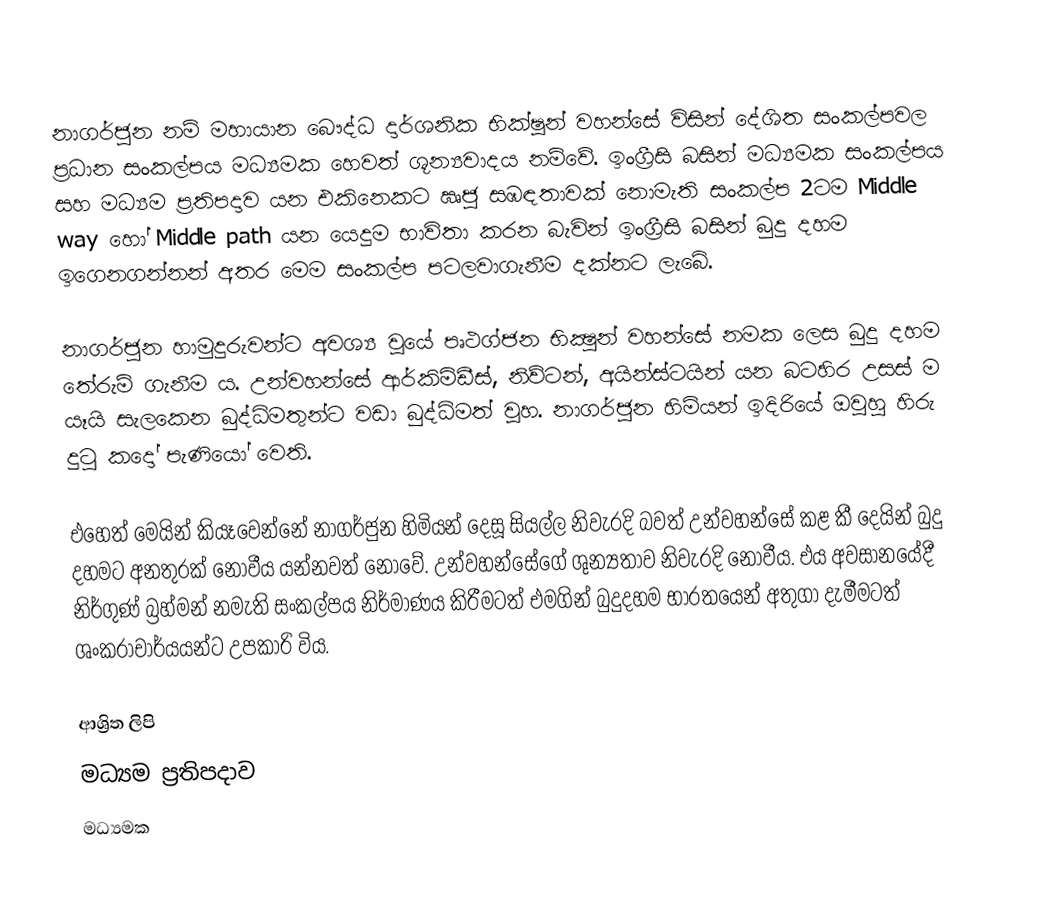
නාගර්ජුන නම් මහායාන බෞද්ධ දාර්ශනික භික්ෂූන් වහන්සේ විසින් දේශිත සංකල්පවල ප්‍රධාන සංකල්පය  මධ්‍යමක හෙවත් ශූන්‍යවාදය නම්වේ.  ඉංග්‍රීසි බසින් මධ්‍යමක සංකල්පය සහ මධ්‍යම ප්‍රතිපදාව යන එකිනෙකට ඍජු ස﻿ඹඳතාවක් නොමැති සංකල්ප 2ටම Middle way හෝ Middle path යන යෙදුම භාවිතා කරන බැවින් ඉංග්‍රීසි බසින් බුදු දහම ඉගෙනගන්නන් අතර මෙම සංකල්ප පටලවාගැනීම දක්නට ලැබේ.

නාගර්ජුන හාමුදුරුවන්ට අවශ්‍ය වූයේ පෘථග්ජන භික්‍ෂුන් වහන්සේ නමක ලෙස බුදු දහම තේරුම් ගැනීම ය. උන්වහන්සේ ආර්කිමිඩීස්‌, නිව්ටන්, අයින්ස්‌ටයින් යන බටහිර උසස්‌ ම යෑයි සැලකෙන බුද්ධිමතුන්ට වඩා බුද්ධිමත් වූහ.  නාගර්ජුන හිමියන් ඉදිරියේ ඔවුහු හිරු දුටු කදෝ පැණියෝ වෙති.

එහෙත් මෙයින් කියෑවෙන්නේ නාගර්ජුන හිමියන් දෙසූ සියල්ල නිවැරදි බවත් උන්වහන්සේ කළ කී දෙයින් බුදු දහමට අනතුරක්‌ නොවීය යන්නවත් නොවේ. උන්වහන්සේගේ ශුන්‍යතාව නිවැරදි නොවීය. එය අවසානයේදී නිර්ගුණ්‌ බ්‍රහ්මන් නමැති සංකල්පය නිර්මාණය කිරීමටත් එමගින් බුදුදහම භාරතයෙන් අතුගා දැමීමටත් ශංකරාචාර්යයන්ට උපකාරි විය.

ආශ්‍රිත ලිපි
 මධ්‍යම ප්‍රතිපදාව
මධ්‍යමක